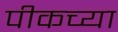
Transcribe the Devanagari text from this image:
पीकच्या